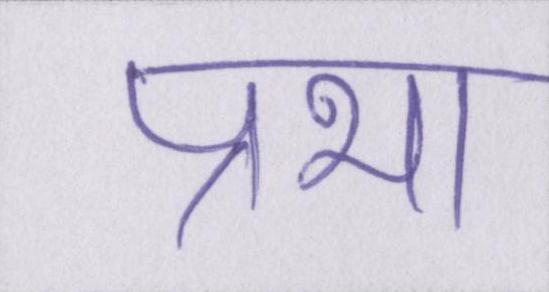
प्रभा